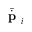
\bar { \dot { \textbf { p } } } _ { i }